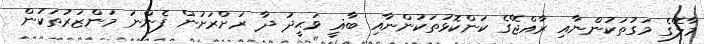
މާލޭގެ މަގުތަކުންނާއި ރާއްޖޭގެ ކަންކޮޅުތަކުންނާއި ބާޣީ ވަޙީދު ދާ ރަށްރަށުން ފެންނަ މަންޒަރުތަކުން